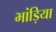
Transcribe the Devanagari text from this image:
भांड़िया